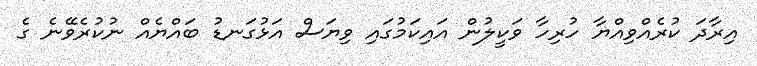
އިރާދަ ކުރެއްވިއްޔާ ހުރިހާ ވަކީލުން އައިކަމުގައި ވިޔަސް އަޅުގަނޑު ބައްޔެއް ނުކުރެވޭނެ ގެ